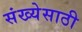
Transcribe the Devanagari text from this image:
संख्‍येसाठी